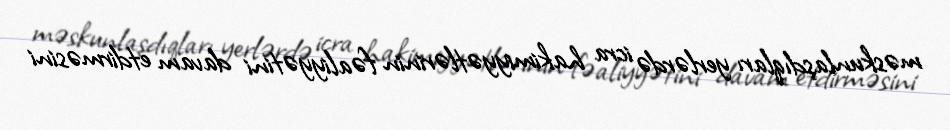
məskunlaşdıqları yerlərdə icra hakimiyyətlərinin fəaliyyətini davam etdirməsini